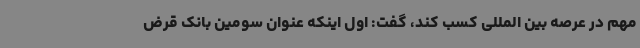
مهم در عرصه بین المللی کسب کند، گفت: اول اینکه عنوان سومین بانک قرض